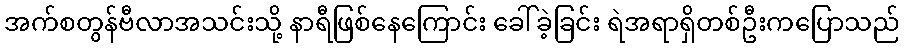
အက်စတွန်ဗီလာအသင်းသို့ နာရီဖြစ်နေကြောင်း ခေါ်ခဲ့ခြင်း ရဲအရာရှိတစ်ဦးကပြောသည်